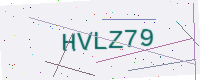
Text: HVLZ79